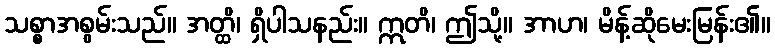
သစ္စာအစွမ်းသည်။ အတ္ထိ၊ ရှိပါသနည်း။ ဣတိ၊ ဤသို့။ အာဟ၊ မိန့်ဆိုမေးမြန်း၏။